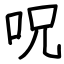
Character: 呪